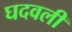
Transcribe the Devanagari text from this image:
घदवली